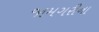
જામગરીના